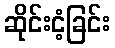
ဆိုင်းငံ့ခြင်း